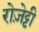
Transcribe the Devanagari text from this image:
रोज़ेट्टी